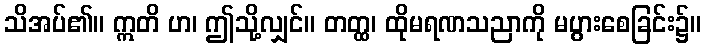
သိအပ်၏။ ဣတိ ဟ၊ ဤသို့လျှင်။ တတ္ထ၊ ထိုမရဏသညာကို မပွားစေခြင်း၌။